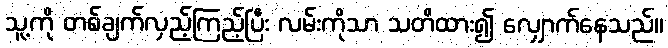
သူ့ကို တစ်ချက်လှည့်ကြည့်ပြီး လမ်းကိုသာ သတိထား၍ လျှောက်နေသည်။